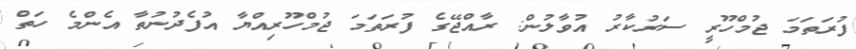
ފުރަތަމަ ޖުމްހޫރީ ސަރުކާރު އުވާލުން: ރާއްޖޭގެ ފުރަތަމަ ޖުމްހޫރިއްޔާ އުފެދުނުތާ އެންމެ ހަތް